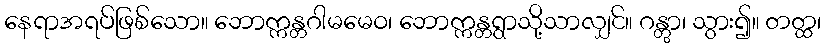
နေရာအရပ်ဖြစ်သော။ ဘောက္ကန္တဂါမမေဝ၊ ဘောက္ကန္တရွာသို့သာလျှင်။ ဂန္တွာ၊ သွား၍။ တတ္ထ၊